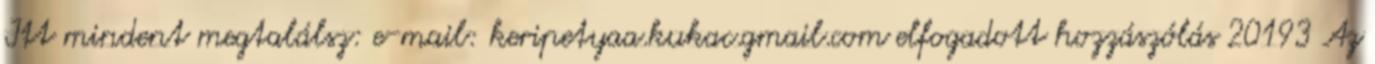
Itt mindent megtalálsz: e-mail: keripetyaa.kukac.gmail.com elfogadott hozzászólás 20193 Az